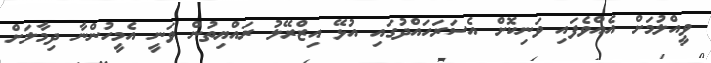
ވީއްލުމަށް އެއްވެފައި ވަނިކޮށް އެސަރަހައްދުގައި އުޅޭ އިޒްރޭލު ރައްޔިތުން ވަނީ އެމީހުންނާ ދިމާލަށް